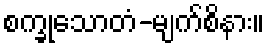
စက္ခုသောတံ-မျက်စိနား။